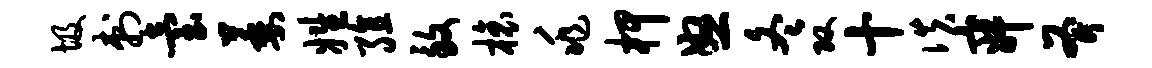
圾刺台萎姓殖致榱兆柙怒冬攻十佚寂斧